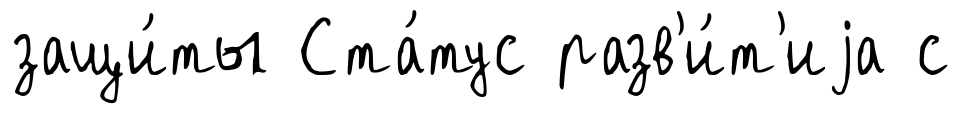
защи́ты Ста́тус разв'и́т'иjа с